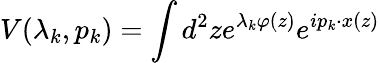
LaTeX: V(\lambda_{k},p_{k})=\int d^{2}ze^{\lambda_{k}\varphi(z)}e^{ip_{k}\cdot x(z)}